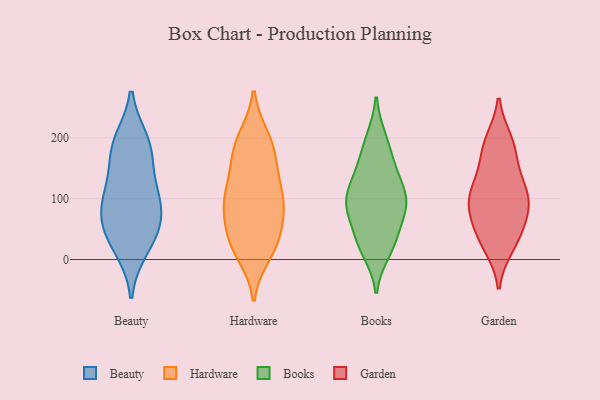
{"axis": {"x": "Inventory Turnover", "y": "Value"}, "legend": ["Beauty", "Books", "Garden", "Hardware"], "data": [{"x": "", "y": 20, "type": "Beauty"}, {"x": "", "y": 46, "type": "Beauty"}, {"x": "", "y": 117, "type": "Beauty"}, {"x": "", "y": 104, "type": "Beauty"}, {"x": "", "y": 182, "type": "Beauty"}, {"x": "", "y": 178, "type": "Beauty"}, {"x": "", "y": 75, "type": "Beauty"}, {"x": "", "y": 44, "type": "Beauty"}, {"x": "", "y": 193, "type": "Beauty"}, {"x": "", "y": 90, "type": "Beauty"}, {"x": "", "y": 20, "type": "Hardware"}, {"x": "", "y": 113, "type": "Hardware"}, {"x": "", "y": 29, "type": "Hardware"}, {"x": "", "y": 176, "type": "Hardware"}, {"x": "", "y": 104, "type": "Hardware"}, {"x": "", "y": 31, "type": "Hardware"}, {"x": "", "y": 174, "type": "Hardware"}, {"x": "", "y": 149, "type": "Hardware"}, {"x": "", "y": 199, "type": "Hardware"}, {"x": "", "y": 94, "type": "Hardware"}, {"x": "", "y": 10, "type": "Hardware"}, {"x": "", "y": 104, "type": "Hardware"}, {"x": "", "y": 69, "type": "Hardware"}, {"x": "", "y": 52, "type": "Hardware"}, {"x": "", "y": 94, "type": "Hardware"}, {"x": "", "y": 196, "type": "Hardware"}, {"x": "", "y": 140, "type": "Books"}, {"x": "", "y": 191, "type": "Books"}, {"x": "", "y": 80, "type": "Books"}, {"x": "", "y": 140, "type": "Books"}, {"x": "", "y": 158, "type": "Books"}, {"x": "", "y": 30, "type": "Books"}, {"x": "", "y": 99, "type": "Books"}, {"x": "", "y": 31, "type": "Books"}, {"x": "", "y": 95, "type": "Books"}, {"x": "", "y": 14, "type": "Books"}, {"x": "", "y": 108, "type": "Books"}, {"x": "", "y": 29, "type": "Books"}, {"x": "", "y": 101, "type": "Books"}, {"x": "", "y": 198, "type": "Books"}, {"x": "", "y": 79, "type": "Books"}, {"x": "", "y": 83, "type": "Books"}, {"x": "", "y": 195, "type": "Garden"}, {"x": "", "y": 179, "type": "Garden"}, {"x": "", "y": 153, "type": "Garden"}, {"x": "", "y": 191, "type": "Garden"}, {"x": "", "y": 103, "type": "Garden"}, {"x": "", "y": 84, "type": "Garden"}, {"x": "", "y": 108, "type": "Garden"}, {"x": "", "y": 22, "type": "Garden"}, {"x": "", "y": 106, "type": "Garden"}, {"x": "", "y": 37, "type": "Garden"}, {"x": "", "y": 54, "type": "Garden"}, {"x": "", "y": 31, "type": "Garden"}, {"x": "", "y": 93, "type": "Garden"}, {"x": "", "y": 127, "type": "Garden"}, {"x": "", "y": 76, "type": "Garden"}]}